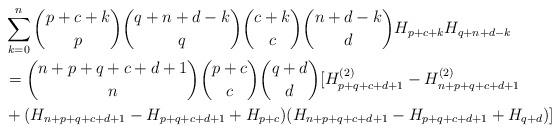
LaTeX: \begin{align*} & \sum_{k=0}^n \binom{p+c+k}{p}\binom{q+n+d-k}{q}\binom{c+k}{c}\binom{n+d-k}{d}H_{p+c+k}H_{q+n+d-k} \\& ={} \binom{n+p+q+c+d+1}{n}\binom{p+c}{c}\binom{q+d}{d} [H_{p+q+c+d+1}^{(2)}-H_{n+p+q+c+d+1}^{(2)} \\ & +(H_{n+p+q+c+d+1}-H_{p+q+c+d+1}+H_{p+c})(H_{n+p+q+c+d+1}-H_{p+q+c+d+1}+H_{q+d})]\end{align*}